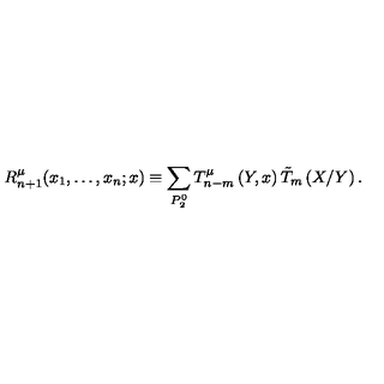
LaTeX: R _ { n + 1 } ^ { \mu } ( x _ { 1 } , \ldots , x _ { n } ; x ) \equiv \sum _ { P _ { 2 } ^ { 0 } } T _ { n - m } ^ { \mu } \left( Y , x \right) \tilde { T } _ { m } \left( X / Y \right) .